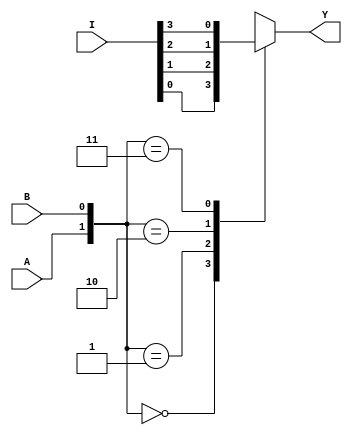
`timescale 1ns / 1ps
//////////////////////////////////////////////////////////////////////////////////
// Company:
// Engineer:
//
// Design Name:
// Module Name:\tmux_4_to_1
// Project Name:
// Target Devices:
// Tool versions:
// Description:
//
// Dependencies:
//
// Revision:
// Revision 0.01 - File Created
// Additional Comments:
//
//////////////////////////////////////////////////////////////////////////////////
module mux_4_to_1_behavior(
	 input [3:0] I,
	 input A,
	 input B,
	 output Y
	);

	 wire [1:0] sel;
	 reg out;
	 assign sel = {A, B};
	 assign Y = out;

	always @(I or sel) begin
		case (sel)
			2'b00: out = I[0];
			2'b01: out = I[1];
			2'b10: out = I[2];
			2'b11: out = I[3];
		endcase
	end

endmodule